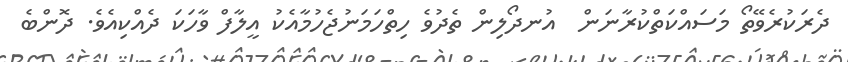
ދެރަކުރެވޭތޯ މަސައްކަތްކުރާނަން  އުނދޯލިން ތެދުވެ ހިތްހަމަނުޖެހުމާއެކު އީލާފް ވާހަކަ ދެއްކިއެވެ. ދޮންބެ